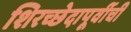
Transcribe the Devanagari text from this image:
शिरच्छेदापूर्वीची